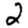
Digit: 2